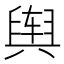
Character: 舆